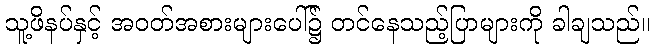
သူ့ဖိနပ်နှင့် အဝတ်အစားများပေါ်၌ တင်နေသည့်ပြာများကို ခါချသည်။